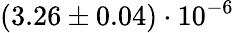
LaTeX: (3.26\pm 0.04)\cdot 10^{-6}